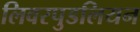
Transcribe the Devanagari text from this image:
लिवरपुडलियन